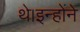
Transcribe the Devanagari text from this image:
थे।इन्होंने